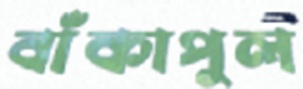
বাঁকাপুল